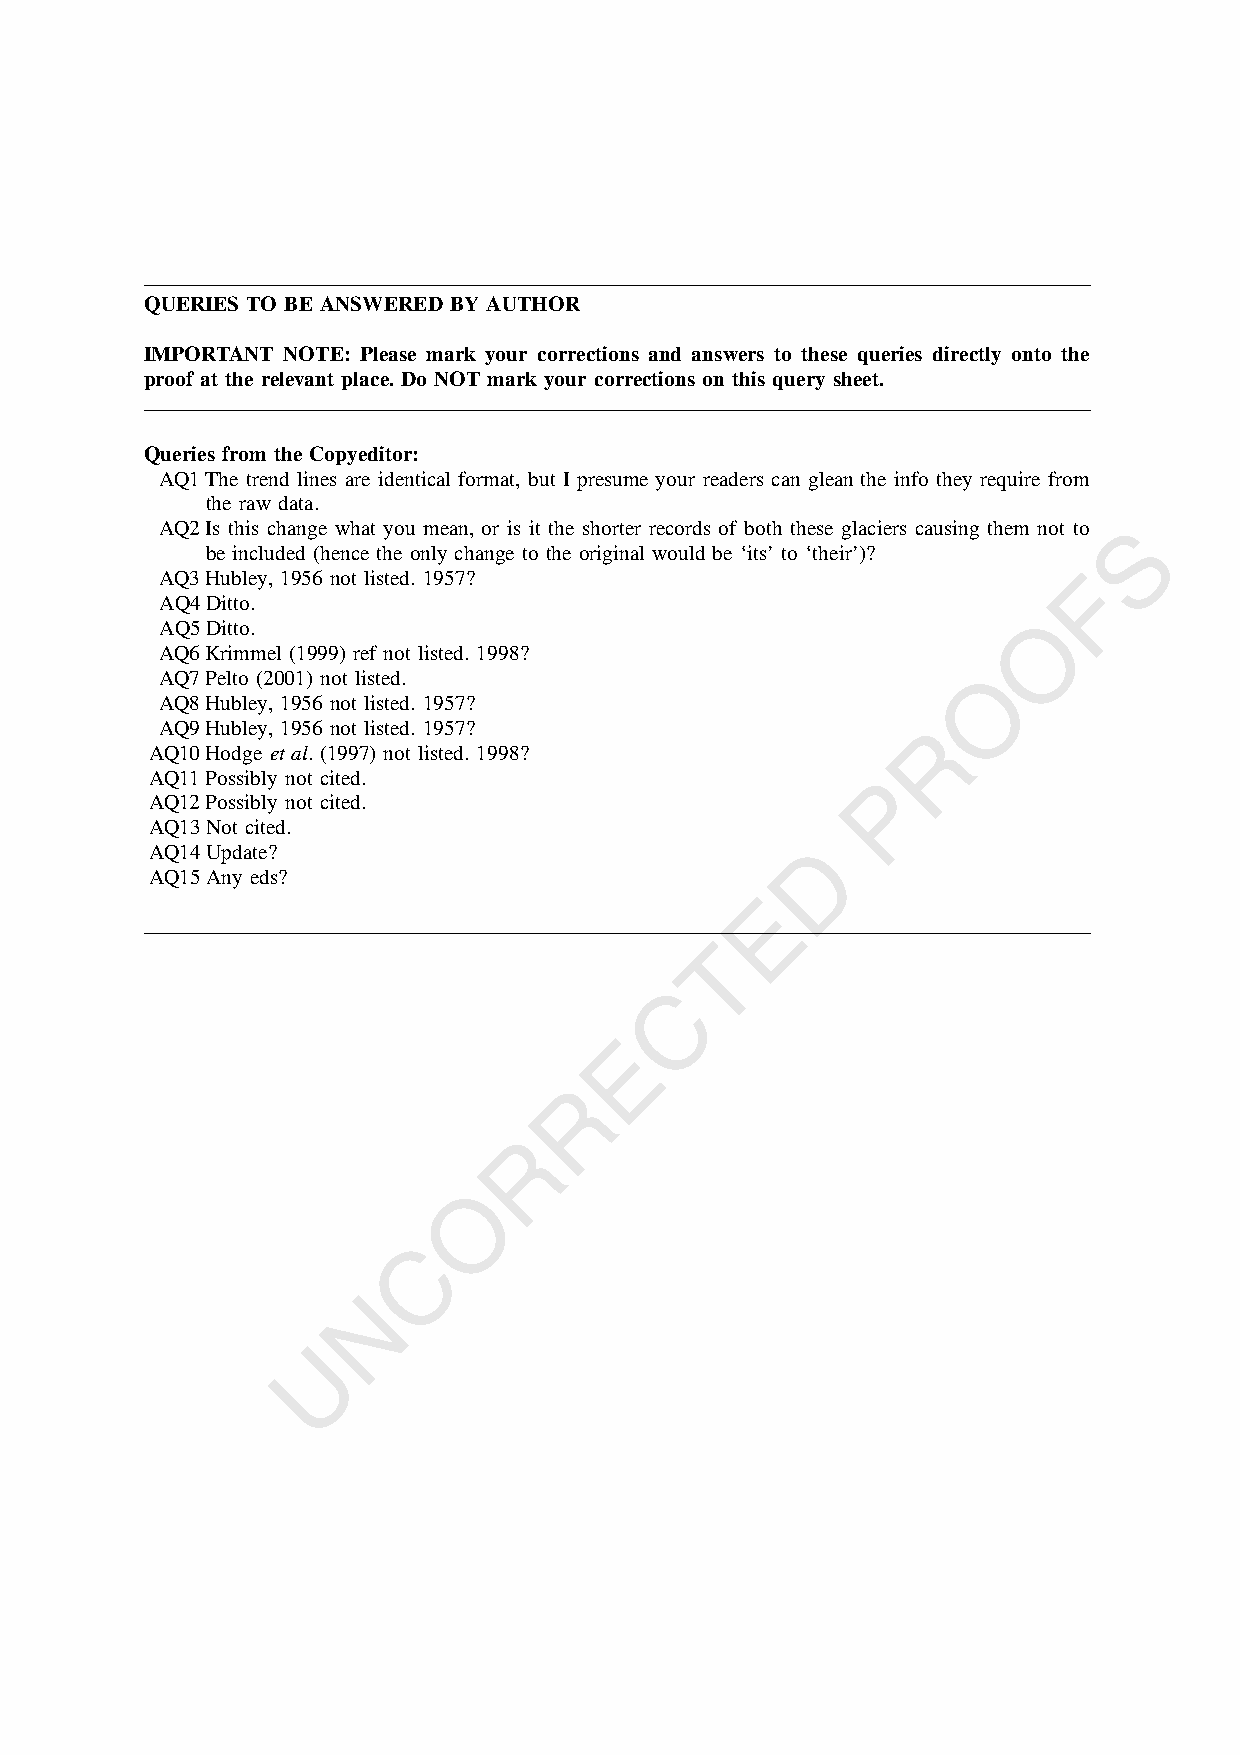
QUERIES TO BE ANSWERED BY AUTHOR
 IMPORTANT NOTE: Please mark your corrections and answers to these queries directly onto the
 proof at the relevant place. Do NOT mark your corrections on this query sheet.
 Queries from the Copyeditor:
 AQ1The trend lines are identical format, but I presume your readers can glean the info they require from
 the raw data.
 AQ2Is this change what you mean, or is it the shorter records of both these glaciers causing them not to S
 be included (hence the only change to the original would be ‘its’ to ‘their’)?
 AQ3Hubley, 1956 not listed. 1957?                           F
 AQ4Ditto.
 O
 AQ5Ditto.
 AQ6Krimmel (1999) ref not listed. 1998?
 AQ7Pelto (2001) not listed.                           O
 AQ8Hubley, 1956 not listed. 1957?
 AQ9Hubley, 1956 not listed. 1957?                 R
 AQ10Hodge etal. (1997) not listed. 1998?
 AQ11Possibly not cited.                         P
 AQ12Possibly not cited.
 AQ13Not cited.
 D
 AQ14Update?
 AQ15Any eds?
 E
 T
 C
 E
 R
 R
 O
 C
 N
 U